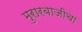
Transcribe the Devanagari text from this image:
मुरारबाजीचा